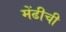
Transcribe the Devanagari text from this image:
मेंढीची